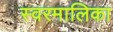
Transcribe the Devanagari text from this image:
स्वरमालिका